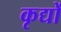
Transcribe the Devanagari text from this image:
कृद्यों